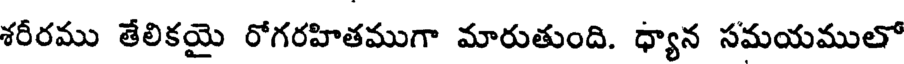
శరీరము తేలికయై రోగరహితముగా మారుతుంది. ధ్యాన సమయములో